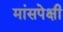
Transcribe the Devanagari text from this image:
मांसपेक्षी